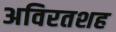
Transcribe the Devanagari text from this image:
अविरतशह